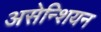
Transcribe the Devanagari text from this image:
असेन्शियन